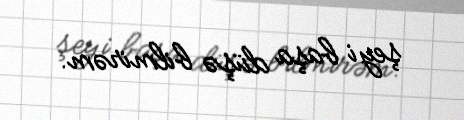
şeyi başa düşə bilmirəm.